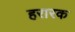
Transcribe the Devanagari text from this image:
हरारक